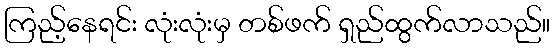
ကြည့်နေရင်း လုံးလုံးမှ တစ်ဖက် ရှည်ထွက်လာသည်။